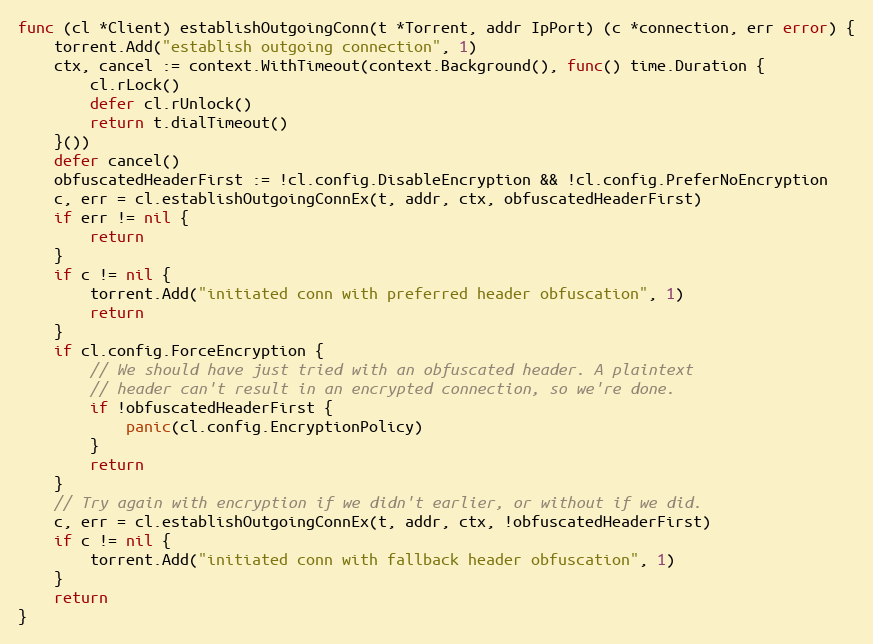
Language: Go
func (cl *Client) establishOutgoingConn(t *Torrent, addr IpPort) (c *connection, err error) {
	torrent.Add("establish outgoing connection", 1)
	ctx, cancel := context.WithTimeout(context.Background(), func() time.Duration {
		cl.rLock()
		defer cl.rUnlock()
		return t.dialTimeout()
	}())
	defer cancel()
	obfuscatedHeaderFirst := !cl.config.DisableEncryption && !cl.config.PreferNoEncryption
	c, err = cl.establishOutgoingConnEx(t, addr, ctx, obfuscatedHeaderFirst)
	if err != nil {
		return
	}
	if c != nil {
		torrent.Add("initiated conn with preferred header obfuscation", 1)
		return
	}
	if cl.config.ForceEncryption {
		// We should have just tried with an obfuscated header. A plaintext
		// header can't result in an encrypted connection, so we're done.
		if !obfuscatedHeaderFirst {
			panic(cl.config.EncryptionPolicy)
		}
		return
	}
	// Try again with encryption if we didn't earlier, or without if we did.
	c, err = cl.establishOutgoingConnEx(t, addr, ctx, !obfuscatedHeaderFirst)
	if c != nil {
		torrent.Add("initiated conn with fallback header obfuscation", 1)
	}
	return
}